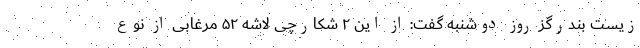
زیست بندرگز روز دوشنبه گفت: از این ۲ شکارچی لاشه ۵۲ مرغابی از نوع